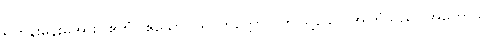
ရဟန်းမိန်းမအား။ ဧတံ (ဧသော ပရိဝိတက္ကော)၊ ဤသို့သော အကြံသည်။ အဟောသိ၊